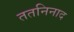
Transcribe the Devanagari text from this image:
ततनिनाद